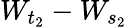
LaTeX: W_{t_{2}}-W_{s_{2}}